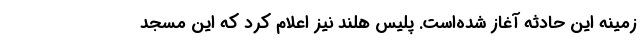
زمینه این حادثه آغاز شده‌است. پلیس هلند نیز اعلام کرد که این مسجد